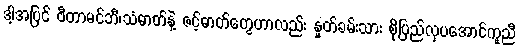
ဒါ့အပြင် ဗီတာမင်ဘီ၊သံဓာတ်နဲ့ ဇင့်ဓာတ်တွေဟာလည်း နှုတ်ခမ်းသား စိုပြည်လှပအောင်ကူညီ